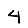
Digit: 4